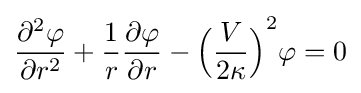
{\partial ^{2}\varphi  \over \partial r^{2}}+{1 \over r}{\partial \varphi  \over \partial r}-{{\Bigl (}{V \over 2\kappa }{\Bigr )}}^{2}\varphi =0